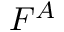
F ^ { A }